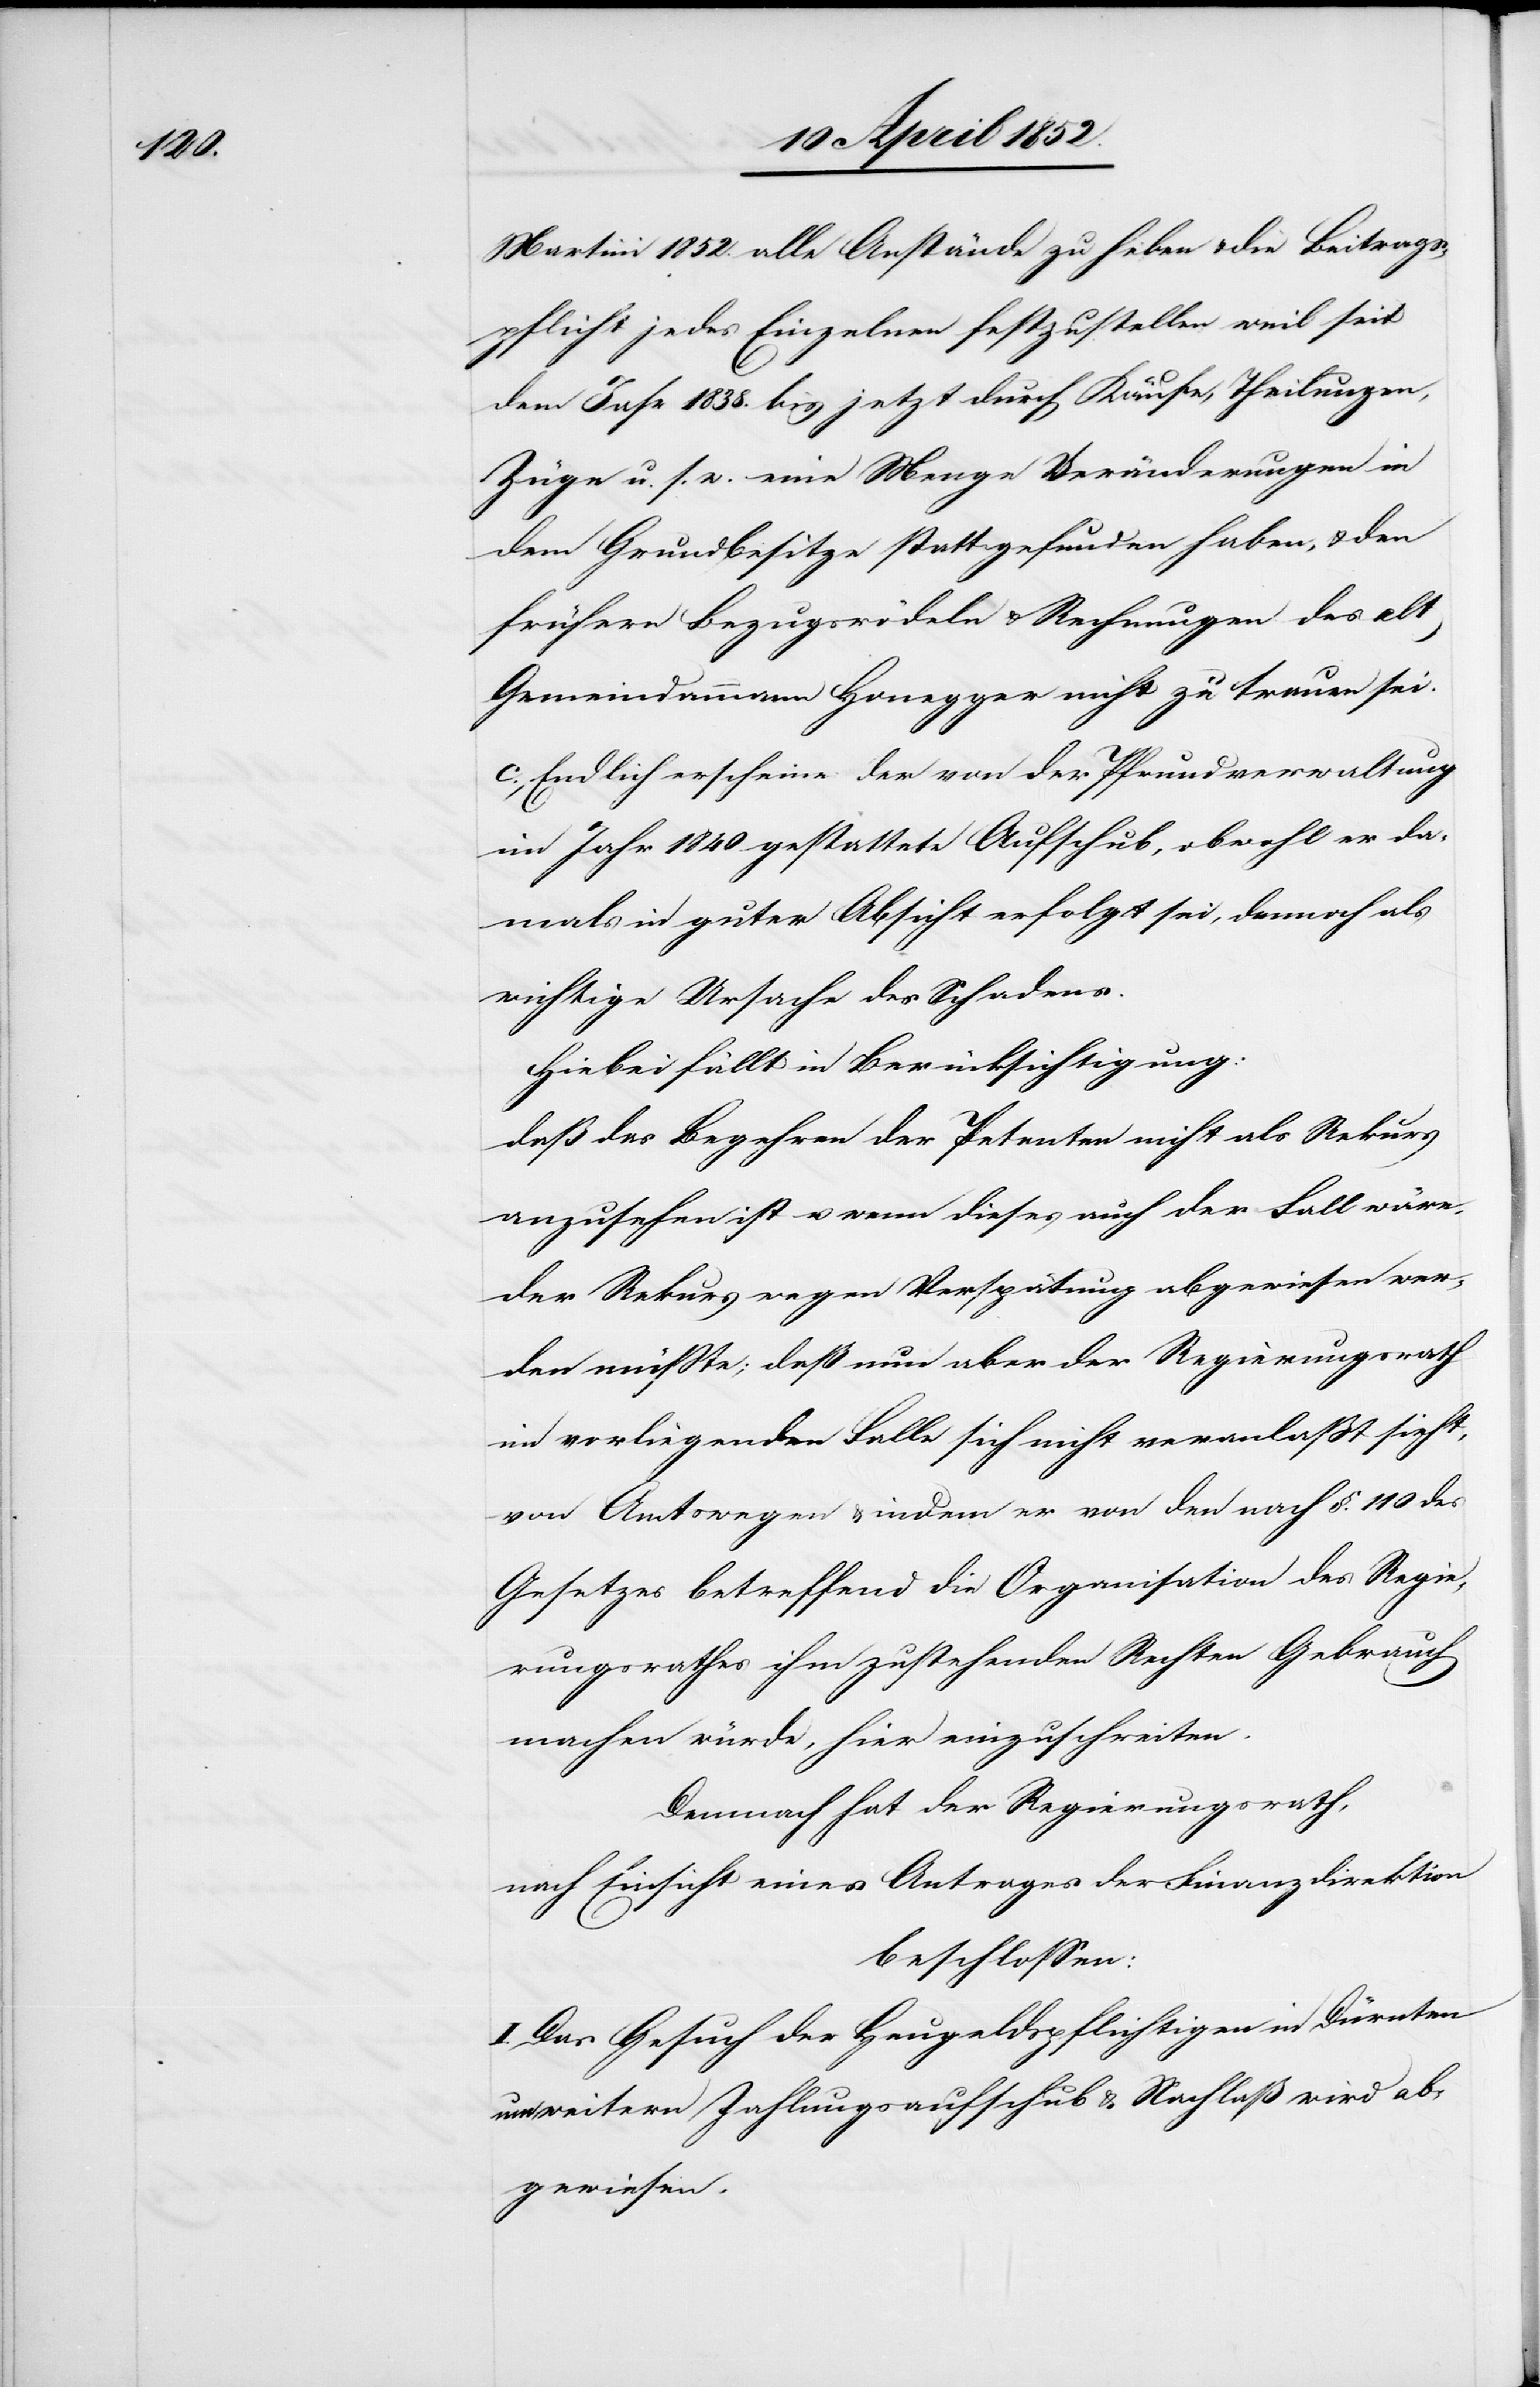
Martini 1852. alle Anstände zu heben & die Beitrags¬
pflicht jedes Einzelnen festzustellen weil seit
dem Jahr 1838. bis jetzt durch Käufe, Theilungen,
Züge u. s. w. eine Menge Veränderungen in
dem Grundbesitze stattgefunden haben, & den
frühern Bezugsrödeln & Rechnungen des alt
Gemeindammann Honegger nicht zu trauen sei.
c., Endlich erscheine der von der Pfrundverwaltung
im Jahr 1840 gestattete Aufschub, obwohl er da¬
mals in guter Absicht erfolgt sei, dennoch als
wichtige Ursache des Schadens.
Hiebei fällt in Berücksichtigung:
daß das Begehren der Petenten nicht als Rekurs
anzusehen ist u. wenn dieses auch der Fall wäre,
der Rekurs wegen Verspätung abgewiesen wer¬
den müsste; daß nun aber der Regierungsrath
im vorliegenden Falle sich nicht veranlasst sieht,
von Amtswegen & indem er von den nach §. 110 des
Gesetzes betreffend die Organisation des Regie¬
rungsrathes ihm zustehenden Rechten Gebrauch
machen würde, hier einzuschreiten.
Demnach hat der Regierungsrath,
nach Einsicht eines Antrages der Finanzdirektion
beschlossen:
I. Das Gesuch der Heugeldspflichtigen in Dürnten
um weitern Zahlungsaufschub & Nachlaß wird ab¬
gewiesen.